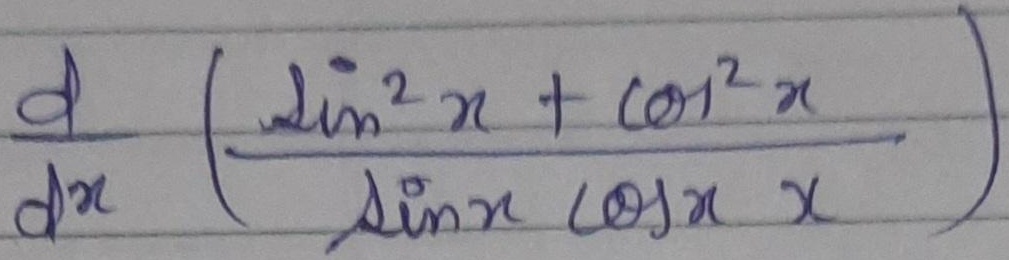
\frac{\mathrm{d}}{\mathrm{d}x}\left(\frac{\sin^{2}x + \cos^{2}x}{\sin x\cos x\cdot x}\right)